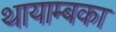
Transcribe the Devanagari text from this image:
थायाम्बका